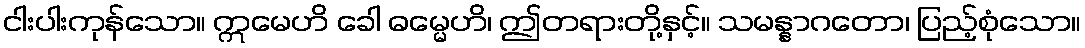
ငါးပါးကုန်သော။ ဣမေဟိ ခေါ ဓမ္မေဟိ၊ ဤတရားတို့နှင့်။ သမန္နာဂတော၊ ပြည့်စုံသော။